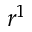
r ^ { 1 }